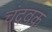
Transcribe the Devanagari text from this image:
चंदवक